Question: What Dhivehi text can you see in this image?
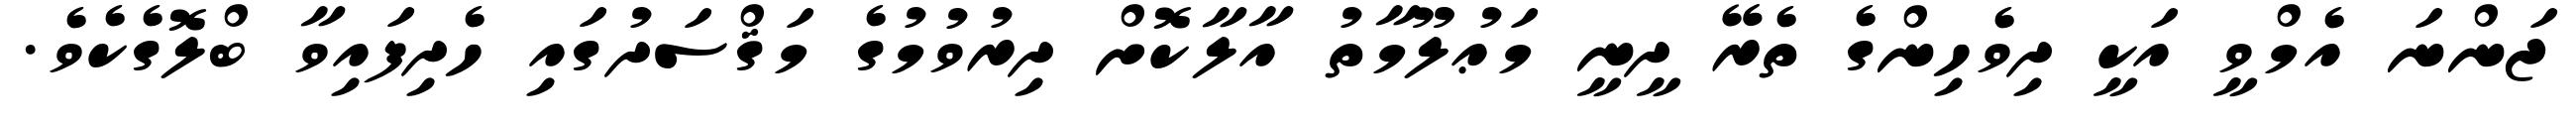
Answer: ޖަންނަ އެމްވީ އަކީ ދިވެހިންގެ ތެރޭ ދީނީ މަޢުލޫމާތު އާލާކޮށް ދިރުވުމުގެ މަޤްސަދުގައި ހެދިފައިވާ ބްލޮގެކެވެ.